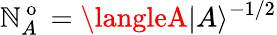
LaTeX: \mathbb{N}_{A}^{\mathrm{{~o~}}}=\langleA|A\rangle^{-1/2}